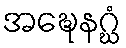
အဍ္ဎေနဂ္ဃံ